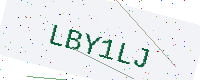
Text: LBY1LJ